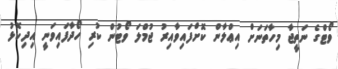
ވޯޓްގެ ނަތީޖާ މިހާތަނަށް އިޢްލާން ކޮށްފައިވާއިރު ޖުމްލަ ވޯޓުން ކުރި ހޯދާފައިވަނީ އިދިކޮޅު